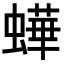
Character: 𧑍